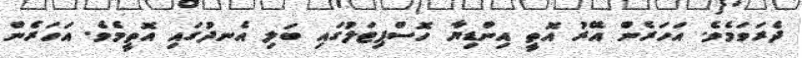
ދެރަވަމެވެ. އަހަރެން އޭރު އޮތީ އިންޑިޔާ ހޮސްޕިޓަލުގައި ބަލި އެނދުގައި އޮތީމެވެ. އަހަރެން